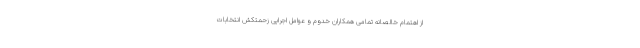
از اهتمام خالصانه تمامی همکاران خدوم و عوامل اجرایی زحمتکش انتخابات